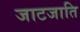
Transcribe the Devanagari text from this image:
जाटजाति